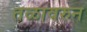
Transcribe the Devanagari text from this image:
तळावरुन